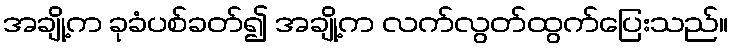
အချို့က ခုခံပစ်ခတ်၍ အချို့က လက်လွတ်ထွက်ပြေးသည်။